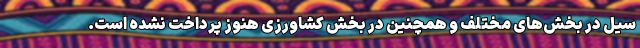
سیل در بخش‌های مختلف و همچنین در بخش کشاورزی هنوز پرداخت نشده است.